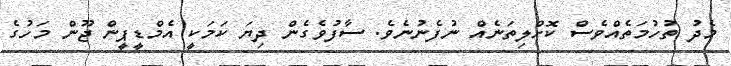
މެދު ތުހުމަތެއްވެސް ކޮށްލިތަނެއް ނުފެނުނެވެ. ސާފުވެގެން ދިޔަ ކަމަކީ އެމްޑީޕީން ޖޫން މަހުގެ